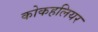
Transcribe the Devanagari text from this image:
कोकहलियर